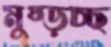
মুষ্‌ড়চ্ছ